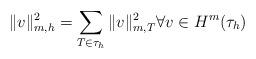
LaTeX: \begin{align*} \|v\|^{2}_{m,h}=\sum_{T \in \tau_{h}} \|v \|^{2}_{m,T} \forall v\in H^{m}(\tau_{h}) \end{align*}